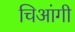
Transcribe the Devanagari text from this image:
चिआंगी